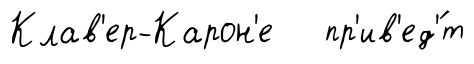
Клав'ер-Карон'е пр'ив'ед'́т